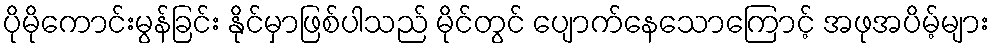
ပိုမိုကောင်းမွန်ခြင်း နိုင်မှာဖြစ်ပါသည် မိုင်တွင် ပျောက်နေသောကြောင့် အဖုအပိမ့်များ